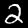
Label: 2